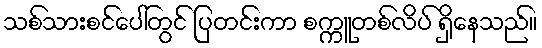
သစ်သားစင်ပေါ်တွင် ပြတင်းကာ စက္ကူတစ်လိပ် ရှိနေသည်။